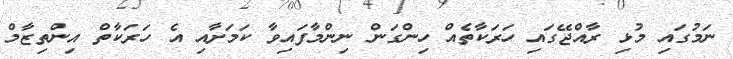
ނަމުގައި މުޅި ރާއްޖޭގައި ހަރަކާތެއް ހިންގަން ނިންމާފައިވާ ކަމަށާއި އެ ހަރަކާތް އިންތިޒާމް